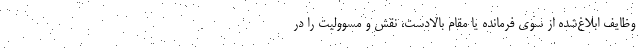
وظایف ابلاغ‌شده از سوی فرمانده یا مقام بالادست، نقش و مسوولیت را در